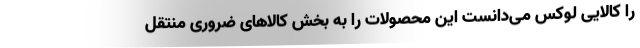
را کالایی لوکس می‌دانست این محصولات را به بخش کالاهای ضروری منتقل